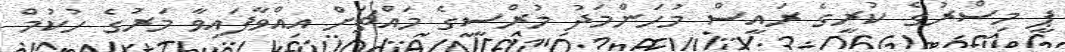
ޕީ މިސްރުގެ ކުރީގެ ރައީސް މުހަންމަދު މުރްސީގެ މައްޗަށް އިއްވާފައިވާ މަރުގެ ހުކުމް